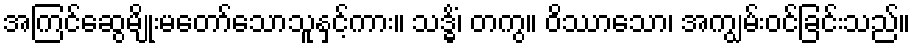
အကြင်ဆွေမျိုးမတော်သောသူနှင့်ကား။ သဒ္ဓိံ၊ တကွ။ ဝိဿာသော၊ အကျွမ်းဝင်ခြင်းသည်။